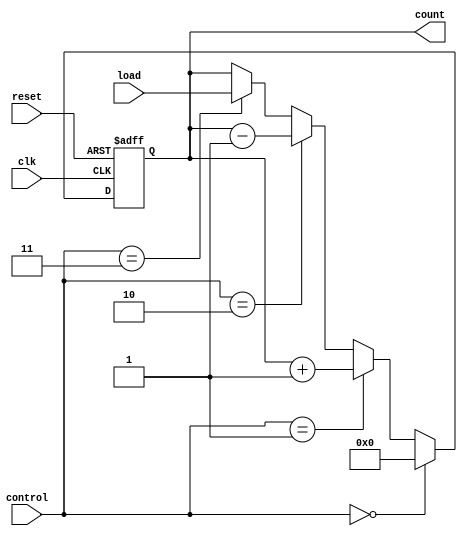
module counter4bit(
  input reset ,clk,
  input [3:0]load,
  input [1:0]control,
  output reg [3:0]count);
  
  always @(posedge clk or posedge reset)
  begin /*begin always*/
    
    if (reset == 1) count = 0; /*if reset is HIGH the counter is set to zero*/
      
    else
      begin /*begin else*/
        if (control == 0) count <= 0;  /*set control to 0 to set counter to 0*/
        else if (control == 1) count <= count + 1; /*set control to 1 to count up*/
        else if (control == 2) count <= count - 1; /*set control to 2 to count down*/
        else if (control == 3) count <= load;      /*set control to 3 to set starting number*/
      end /*end else*/
      
  end /*end always*/
  
endmodule